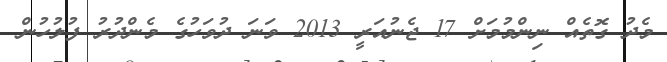
މެދު ގޮތެއް ނިންމުމަށް 17 ޖެނުއަރީ 2013 ވަނަ ދުވަހުގެ މެންދުރު ފުލުހުން